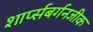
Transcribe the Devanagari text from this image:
शार्प्सबर्गनजीक